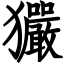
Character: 玁